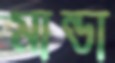
মান্ডা